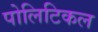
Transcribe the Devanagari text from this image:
पोलिटिकल